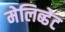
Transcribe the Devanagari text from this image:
मेलिब्डेट